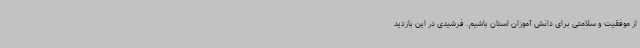
از موفقیت و سلامتی برای دانش آموزان استان باشیم. فرشیدی در این بازدید